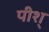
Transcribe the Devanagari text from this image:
पीश्